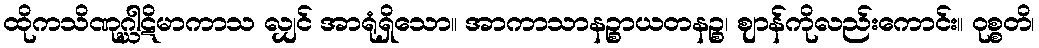
ထိုကသိဏုဂ္ဃါဋိမာကာသ လျှင် အာရုံရှိသော။ အာကာသာနဉ္စာယတနဉ္စ၊ ဈာန်ကိုလည်းကောင်း။ ဝုစ္စတိ၊